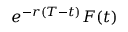
e ^ { - r ( T - t ) } F ( t )